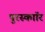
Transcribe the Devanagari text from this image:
पुरस्काॉर